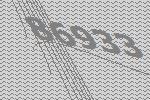
86933